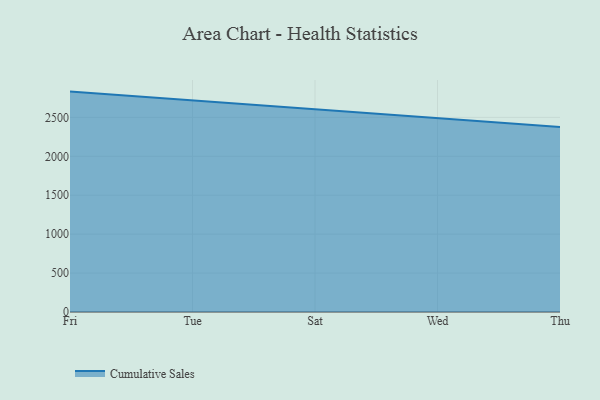
{"axis": {"x": "Day", "y": "Net Income (USD K)"}, "legend": ["Cumulative Sales"], "data": [{"x": "Fri", "y": 2831.3, "type": "Cumulative Sales"}, {"x": "Tue", "y": 2720.1, "type": "Cumulative Sales"}, {"x": "Sat", "y": 2601.6, "type": "Cumulative Sales"}, {"x": "Wed", "y": 2488.0, "type": "Cumulative Sales"}, {"x": "Thu", "y": 2377.7, "type": "Cumulative Sales"}]}